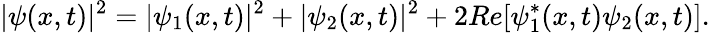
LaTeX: |\psi(x,t)|^{2}=|\psi_{1}(x,t)|^{2}+|\psi_{2}(x,t)|^{2}+2Re[\psi_{1}^{*}(x,t)\psi_{2}(x,t)].